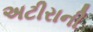
અટીરાની